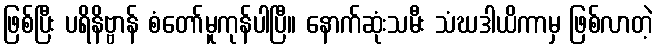
ဖြစ်ပြီး ပရိနိဗ္ဗာန် စံတော်မူကုန်ပါပြီ။ နောက်ဆုံးသမီး သံဃဒါယိကာမှ ဖြစ်လာတဲ့